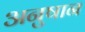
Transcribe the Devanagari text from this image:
अनुषान